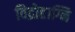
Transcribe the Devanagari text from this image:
विद्रोहाग्नि